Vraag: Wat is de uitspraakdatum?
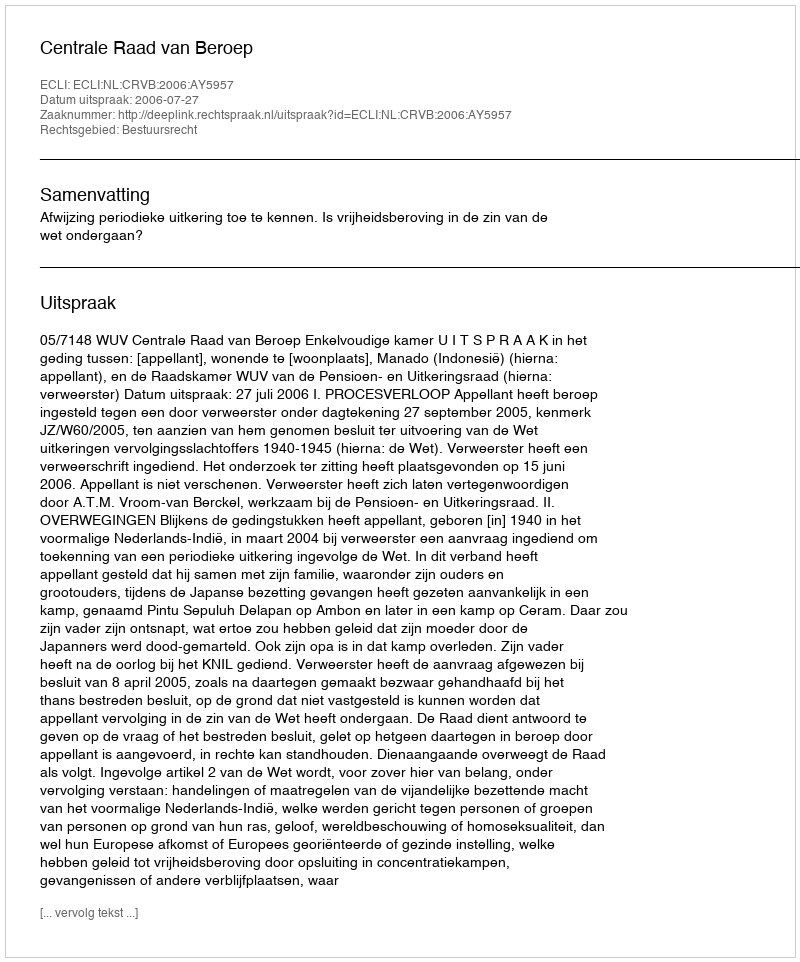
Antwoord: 2006-07-27